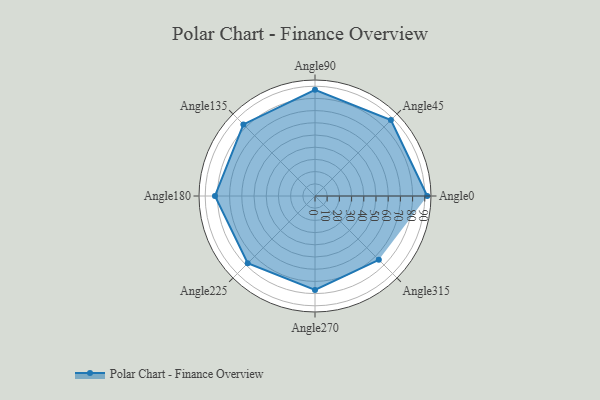
{"axis": {"x": "Angle", "y": "Radius"}, "legend": [""], "data": [{"x": "Angle0", "y": 92.0, "type": ""}, {"x": "Angle45", "y": 88.0, "type": ""}, {"x": "Angle90", "y": 87.0, "type": ""}, {"x": "Angle135", "y": 83.0, "type": ""}, {"x": "Angle180", "y": 82.0, "type": ""}, {"x": "Angle225", "y": 78.0, "type": ""}, {"x": "Angle270", "y": 77.0, "type": ""}, {"x": "Angle315", "y": 74.0, "type": ""}]}